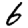
Digit: 6